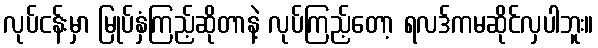
လုပ်ငန်းမှာ မြုပ်နှံကြည့်ဆိုတာနဲ့ လုပ်ကြည့်တော့ ရလဒ်ကမဆိုင်လှပါဘူး။